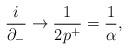
LaTeX: \begin{align*}\frac{i}{\partial_-} \rightarrow \frac{1}{2p^+} = \frac{1}{\alpha} ,\end{align*}